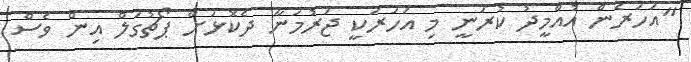
"އަހަރެން އުއްމީދު ކުރަނީ މި އަހަރަކީ ޖަރުމަނާ ދެކޮޅަށް ޕޯޗުގަލް އިން ވެސް